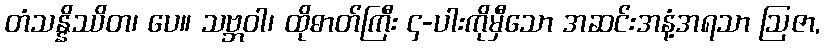
တံသန္နိဿိတ၊ ပေ။ သဗ္ဘဝါ၊ ထိုဓာတ်ကြီး ၄-ပါးကိုမှီသော အဆင်းအနံ့အရသာ ဩဇာ,